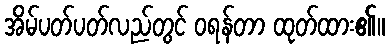
အိမ်ပတ်ပတ်လည်တွင် ဝရန်တာ ထုတ်ထား၏။